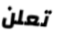
تعلن